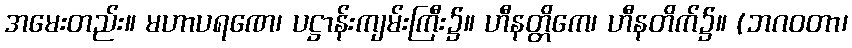
အမေးတည်း။ မဟာပရဏေ၊ ပဋ္ဌာန်းကျမ်းကြီး၌။ ဟီနတ္တိကေ၊ ဟီနတိက်၌။ (ဘဂဝတာ၊